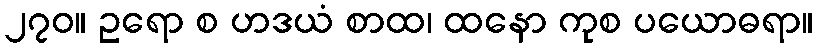
၂၇၀။ ဥရော စ ဟဒယံ စာထ၊ ထနော ကုစ ပယောဓရာ။